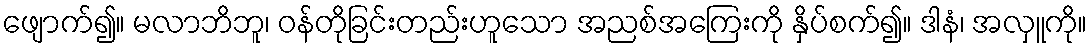
ဖျောက်၍။ မလာဘိဘူ၊ ဝန်တိုခြင်းတည်းဟူသော အညစ်အကြေးကို နှိပ်စက်၍။ ဒါနံ၊ အလှူကို။